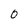
Character: 0